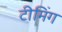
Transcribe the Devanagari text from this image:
टीमिंग